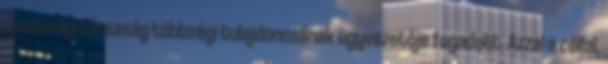
gazdasági társaság többségi tulajdonosának ügyvezetője fogadott. Azzal a céllal,